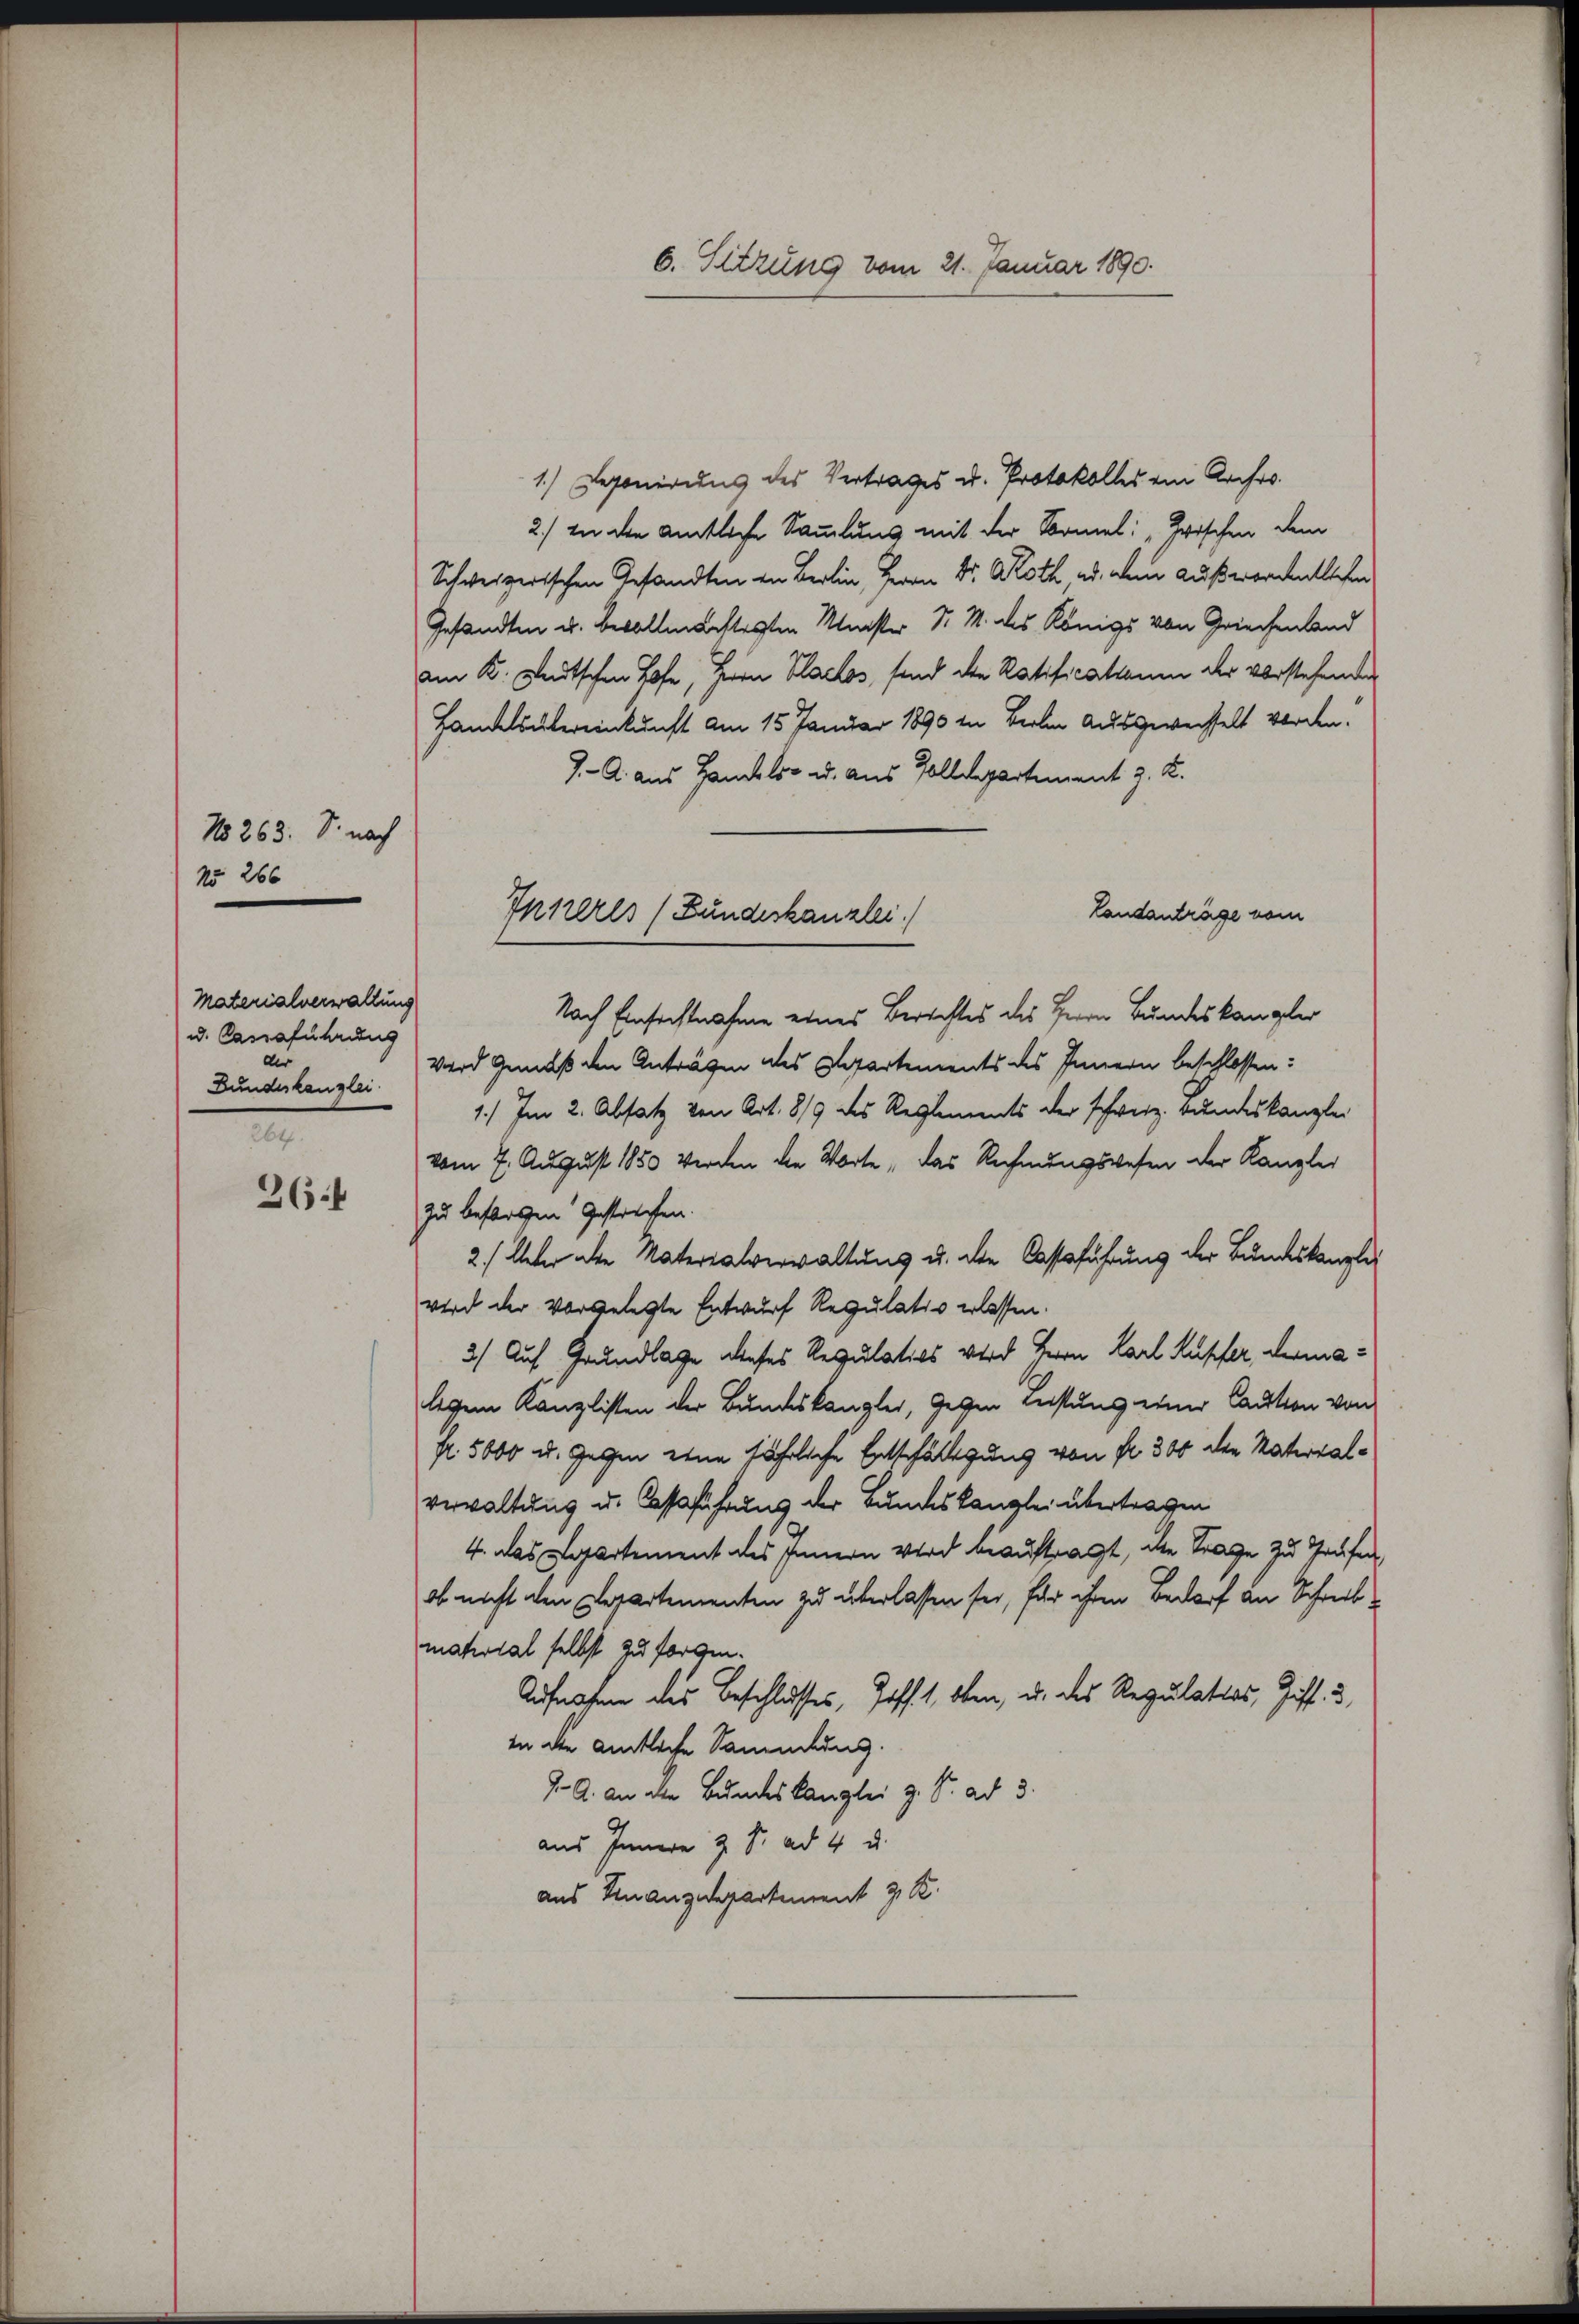
No 263. S. nach
No 266

Materialverwaltung
u. Cassaführung
der
Bundeskanzlei
264.

36

Inneres (Bundeskanzlei.)

6. Sitzung vom 21. Januar 1890.

1.) Deponirung des Vertrages u. Protokolles ein Archro¬
2.) In die amtliche Sammlung mit der Vormel: „Zwischen dem
Schweizerischen Gesandten in Berlin, Herrn Dr. Roth, ad dem außerordentlichen
Gesandten u. bevollen bestesten Meister Sr. M. des Königs von Griechenland
am K. Deutschen Hofe, Herrn Plackos, sind die Ratificationen der vorstehenden
Handelsübereinkunft am 15. Januar 1890 in Biolen ausgewechselt worden.
J. A. aus Handels- u. aus Golldepartement z. K.
Landanträge vom
Nach Einsichtnahme eines Berichtes des Herrn Bundeskanzler
Wird Gemäß den Anträgen des Repartements des Innern beschlossen:
1.) Im 2. Absatz von Art. 819 des Reglements der schweiz. Bundeskanzlei
vom 7. August 1850 werden die Worte das Rechnungswesen der Kanzlei
zu besorgen Gestrechen.
2.) Ueber die Materialverwaltung u. die Cassaführung der Bundeskanzlei
wird der vorgelegte Entwurf Regulativ erlassen.
3) Auf Grundlage dieses Regulatios wird Herrn Karl Kupfer, dermalegen Kanzlisten der Bundeskanzler, gegen Leistung einer Caution von
fr. 5000 u. Gegen eine jährliche Entschäftigung von fr. 300 der Naterialverwaltung u. Cassaführung der Bundeskanzlei übertragen
4. das Departement des Innern wird beauftragt, die Trage zu Grufen,
ob nicht den Departementen zu überlassen sei, für ihren Bedarf an Schreibmaterial selbst zu forgen.
Aufnahme des Beschlusses, Hoff. 1, eben, u. des Regulation, Giff. 3,
in die amtliche Sammlung.
J. A. an alle Bundeskanzlei z. S. ad 3.
aus Innern z. Fr. ad 4 u.
aus Finanzdepartement z. R.